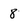
Character: 8